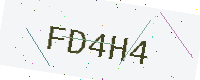
Text: FD4H4